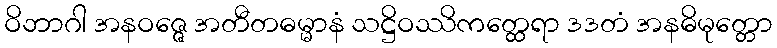
ဝိဘာဂါ အနဝဇ္ဇေ အတီတဓမ္မာနံ သဋ္ဌိဝဿိကတ္ထေရာ ဒဒတံ အနဓိမုတ္တော